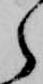
ら